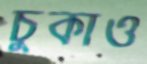
চুকাও